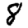
Digit: 8